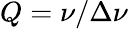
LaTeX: Q=\nu/\Delta\nu